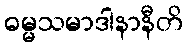
ဓမ္မသမာဒါနာနီတိ